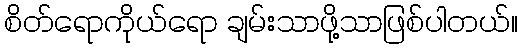
စိတ်ရောကိုယ်ရော ချမ်းသာဖို့သာဖြစ်ပါတယ်။